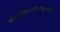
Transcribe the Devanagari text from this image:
मनोविश्लेषानात्मक